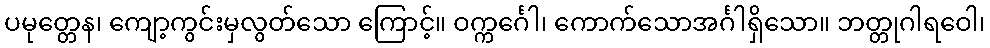
ပမုတ္တေန၊ ကျော့ကွင်းမှလွတ်သော ကြောင့်။ ဝက္ကင်္ဂေါ၊ ကောက်သောအင်္ဂါရှိသော။ ဘတ္တုဂါရဝေါ၊